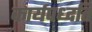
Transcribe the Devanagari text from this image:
कार्यपध्दति